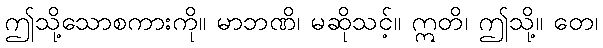
ဤသို့သောစကားကို။ မာဘဏိ၊ မဆိုသင့်။ ဣတိ၊ ဤသို့။ တေ၊